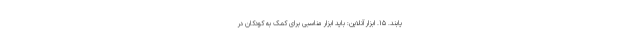
یابند. ۱۵. ابزار آنلاین: باید ابزار مناسبی برای کمک به کودکان در